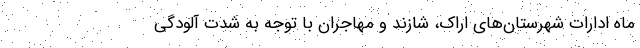
ماه ادارات شهرستان‌های اراک، شازند و مهاجران با توجه به شدت آلودگی